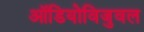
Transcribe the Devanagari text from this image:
ऑडियोविजुवल